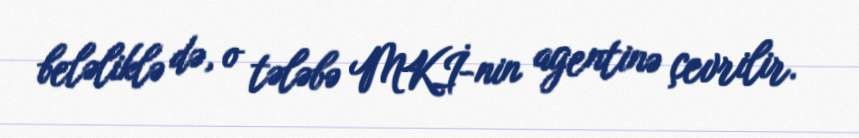
beləliklə də, o tələbə MKİ-nin agentinə çevrilir.